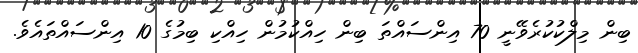
ބިން މިލްކުކުރެވޭނީ 70 އިންސައްތަ ބިން ހިއްކުމުން ހިއްކި ބިމުގެ 10 އިންސައްތައެވެ.